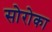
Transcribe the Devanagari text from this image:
सोरोका